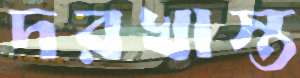
দরখাস্ত